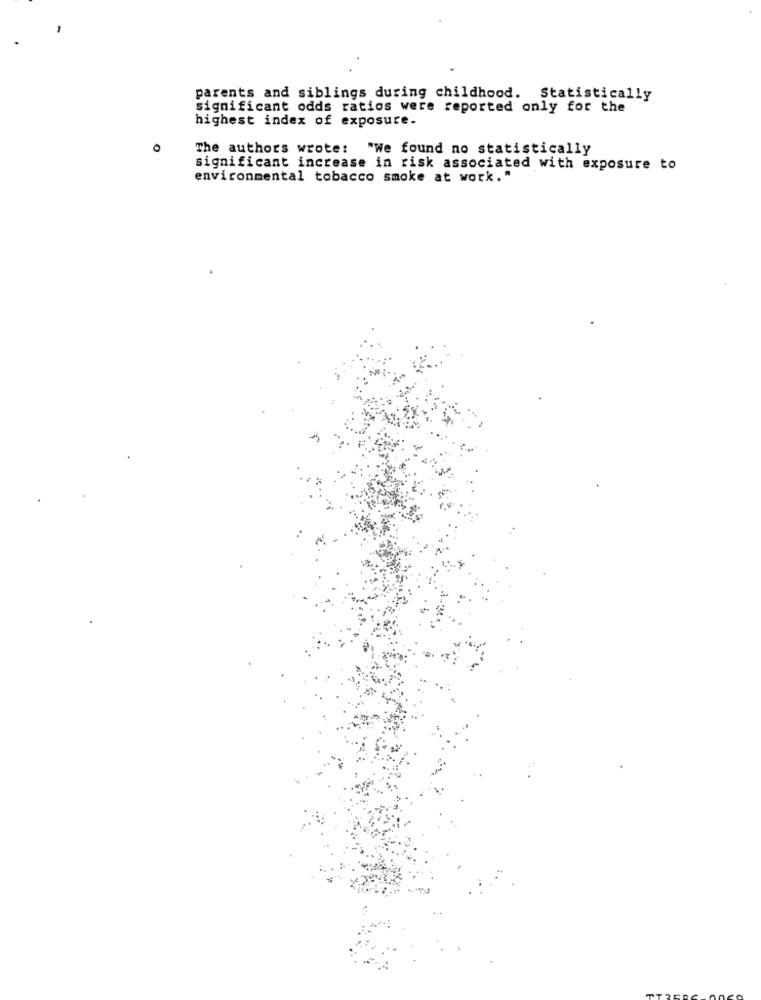
parents and siblings during childhood. Statistically
significant odds ratios were reported only for the
highest index of exposure.
O
The authors wrote: "We found no statistically
significant increase in risk associated with exposure to
environmental tobacco smoke at work."